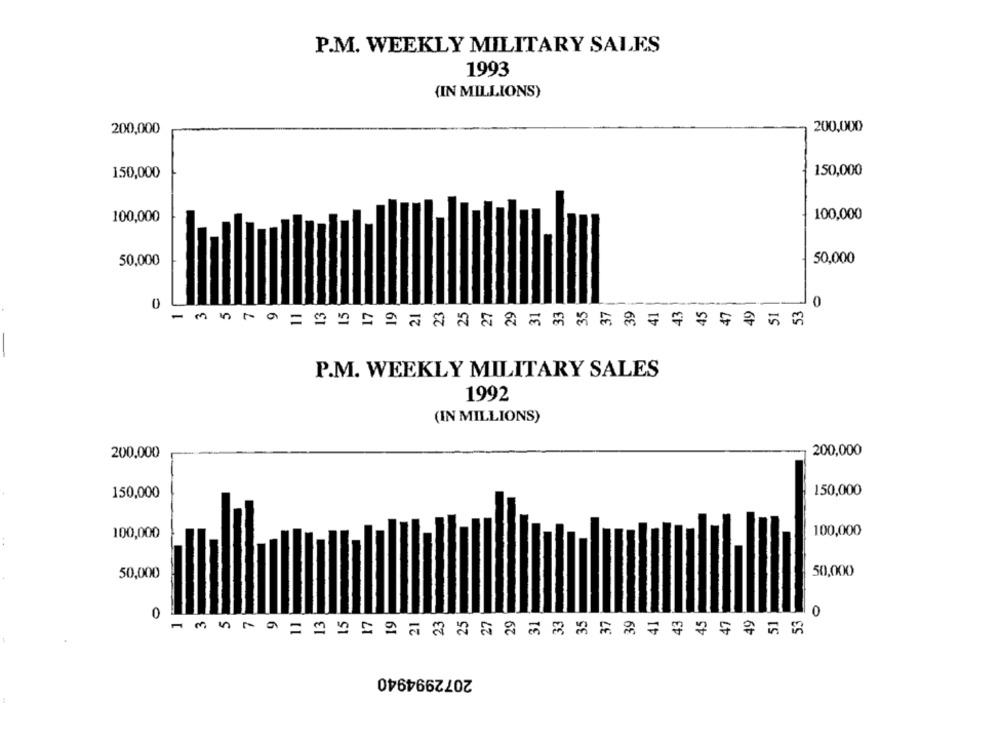
P.M. WEEKLY MILITARY SALES
1993
(IN MILLIONS)
200,000
200,000
150,000
150,000
100,000
100,000
50,000
50,000
53
0
13
15
19
21
23
25
27
29
31
33
35
3.
39
41
4.3
45
47
49
=
5
P.M. WEEKLY MILITARY SALES
1992
(IN MILLIONS)
200,000
200,000
150,000
150,000
100,000
100,000
50,000
50,000
0
13
15
0
1
3
2072994940